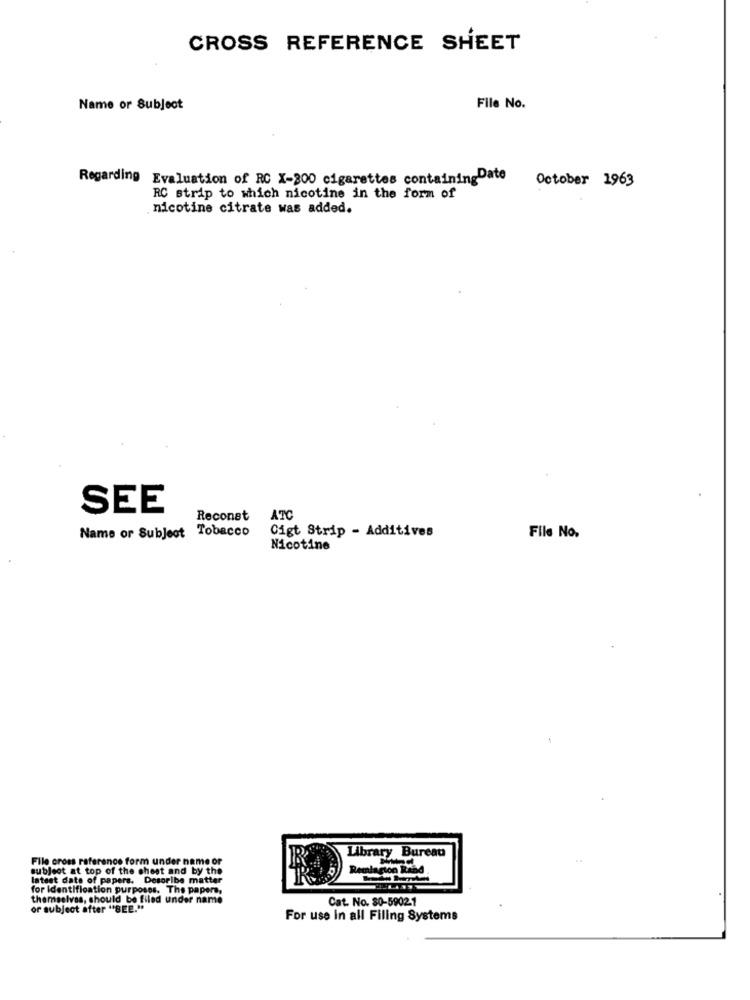
CROSS REFERENCE SHEET
Name or Subject
File No.
Regarding Evaluation of RC X-300 cigarettes containingDate
October 1963
RC strip to which nicotine in the form of
nicotine citrate was added.
SEE
Reconst
ATC
Name or Subject Tobacco
Cigt Strip - Additives
File No.
Nicotine
Library Bureau
File cross reference form under name or
..
subject at top of the chest and by the
ton Ra
latest date of papers. Desoribe matter
for Identification purposes. The papers,
themselves, should be filed under name
Cat. No. 80-5902-1
or subject after "BEE."
For use in all Filing Systems